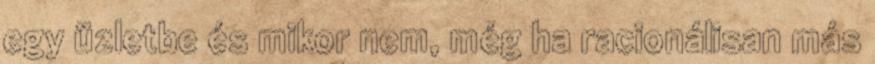
egy üzletbe és mikor nem, még ha racionálisan más